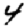
Digit: 4